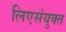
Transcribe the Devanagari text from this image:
लिएसंयुक्त